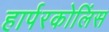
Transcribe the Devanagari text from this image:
हार्परकोलिंस